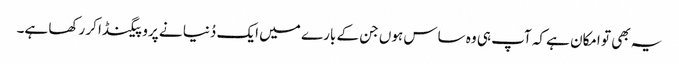
یہ بھی تو امکان ہے کہ آپ ہی وہ ساس ہوں جن کے بارے میں ایک دُنیا نے پروپیگنڈا کر رکھا ہے۔